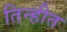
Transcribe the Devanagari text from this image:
तिन्हीत